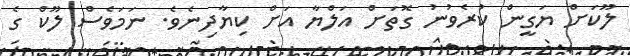
ލޫކަށް ޔަގީން ކުރެވުނު ގޮތަށް އަލްޔާ އަށް ކިޔާދިނެވެ. ނަމަވެސް ލޫކް ގެ